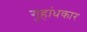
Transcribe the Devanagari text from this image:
गुहांधकार